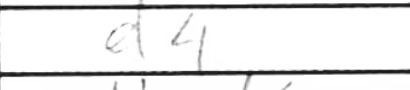
Transcription: d4